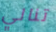
تنالي